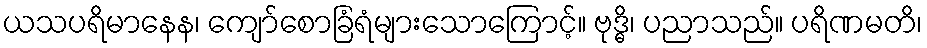
ယသပရိမာနေန၊ ကျော်စောခြံရံများသောကြောင့်။ ဗုဒ္ဓိ၊ ပညာသည်။ ပရိဏမတိ၊